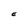
Character: E